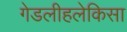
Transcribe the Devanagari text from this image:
गेडलीहलेकिसा